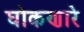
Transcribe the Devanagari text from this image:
घोकणारे